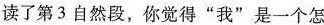
读了第3自然段，你觉得”我”是一个怎